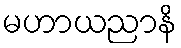
မဟာယညာနိ